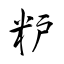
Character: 粐